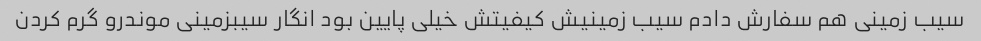
سیب زمینی هم سفارش دادم سیب زمینیش کیفیتش خیلی پایین بود انگار سیبزمینی موندرو گرم کردن